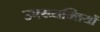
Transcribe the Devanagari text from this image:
उपय्व्यक्तियों